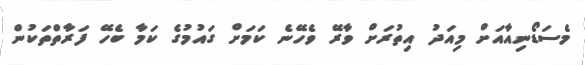
މެސަޑޯނިއާއަށް މިއަދު އިތުރަށް ވާރޭ ވެހޭނެ ކަމަށް ގައުމުގެ ކަމާ ބެހޭ ފަރާތްތަކުން